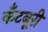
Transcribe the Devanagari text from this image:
कँटबूरी